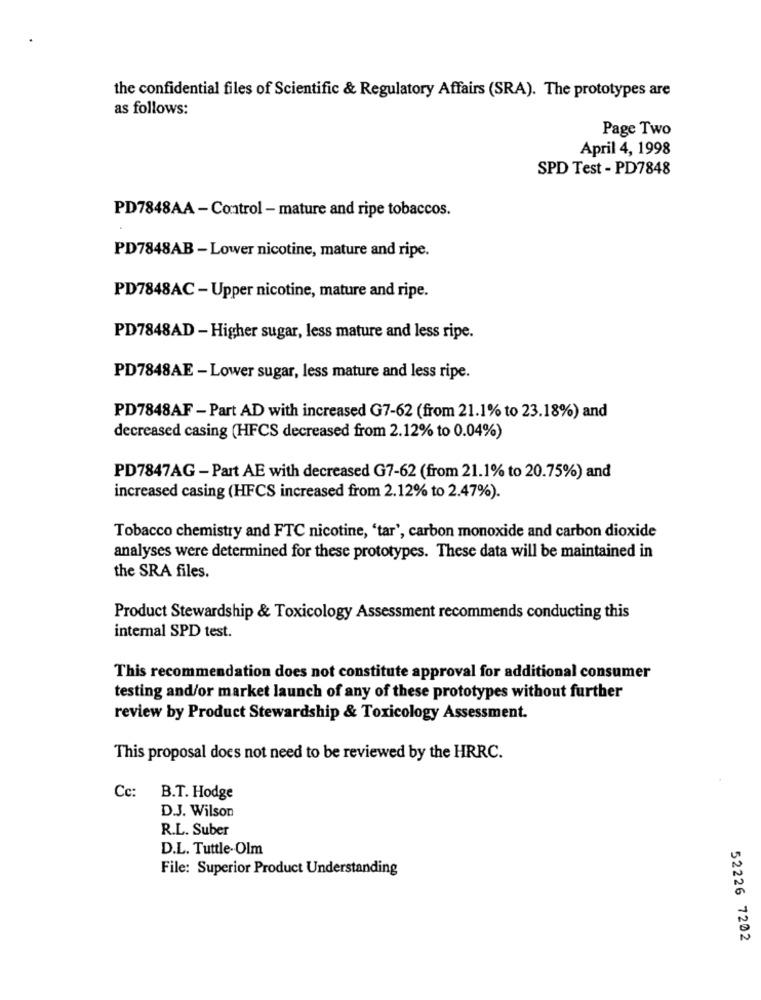
the confidential files of Scientific & Regulatory Affairs (SRA). The prototypes are
as follows:
Page Two
April 4, 1998
SPD Test - PD7848
PD7848AA - Control - mature and ripe tobaccos.
PD7848AB - Lower nicotine, mature and ripe.
PD7848AC - Upper nicotine, mature and ripe.
PD7848AD - Higher sugar, less mature and less ripe.
PD7848AE - Lower sugar, less mature and less ripe.
PD7848AF - Part AD with increased G7-62 (from 21.1% to 23.18%) and
decreased casing (HFCS decreased from 2.12% to 0.04%)
PD7847AG - Part AE with decreased G7-62 (from 21.1% to 20.75%) and
increased casing (HFCS increased from 2.12% to 2.47%).
Tobacco chemistry and FTC nicotine, 'tar', carbon monoxide and carbon dioxide
analyses were determined for these prototypes. These data will be maintained in
the SRA files.
Product Stewardship & Toxicology Assessment recommends conducting this
internal SPD test.
This recommendation does not constitute approval for additional consumer
testing and/or market launch of any of these prototypes without further
review by Product Stewardship & Toxicology Assessment.
This proposal does not need to be reviewed by the HRRC.
Cc: B.T. Hodge
D.J. Wilson
R.L. Suber
D.L. Tuttle-Olm
File: Superior Product Understanding
52226 7202